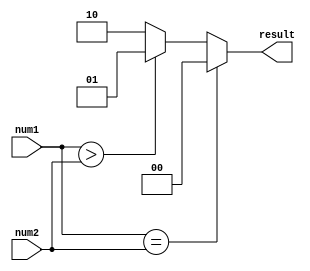
module fixed_point_comparator (
    input signed [15:0] num1, // input fixed-point number 1
    input signed [15:0] num2, // input fixed-point number 2
    output reg [1:0] result   // output comparison result
);

always @* begin
    if (num1 == num2) begin
        result = 2'b00; // numbers are equal
    end else if (num1 > num2) begin
        result = 2'b01; // num1 is greater than num2
    end else begin
        result = 2'b10; // num2 is greater than num1
    end
end

endmodule